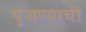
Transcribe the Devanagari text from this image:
पुजण्याची